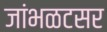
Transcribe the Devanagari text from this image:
जांभळटसर